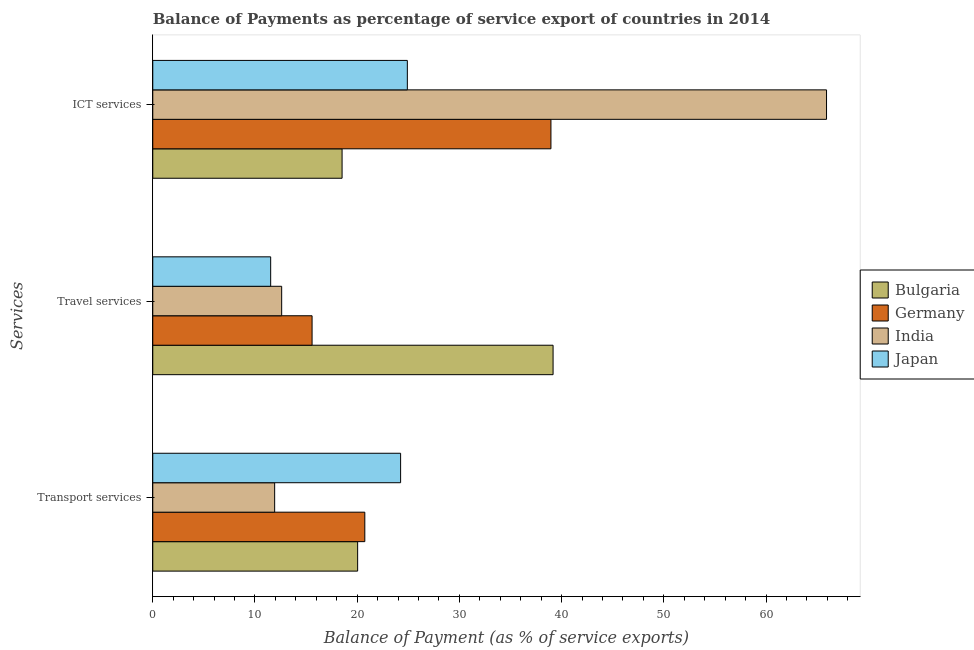
| Services | Bulgaria | Germany | India | Japan |
 | --- | --- | --- | --- | --- |
 | Transport services | 20 | 20.7 | 11.9 | 24.2 |
 | Travel services | 39.2 | 15.6 | 12.6 | 11.5 |
 | ICT services | 18.5 | 39 | 65.9 | 24.9 |